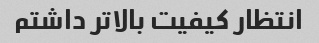
انتظار کیفیت بالاتر داشتم